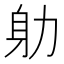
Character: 𭄨